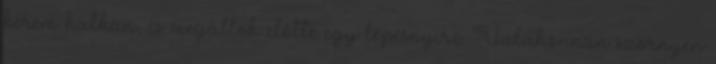
kérem halkan, és megállok előtte egy lépésnyire. Valahonnan szörnyen